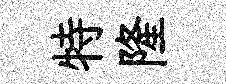
特隆